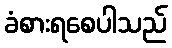
ခံစားရစေပါသည်